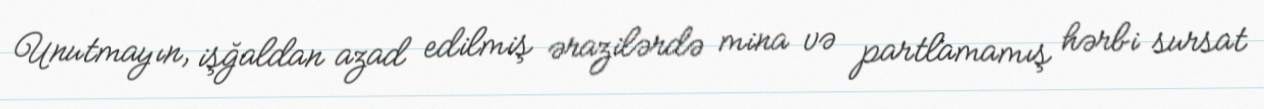
Unutmayın, işğaldan azad edilmiş ərazilərdə mina və partlamamış hərbi sursat